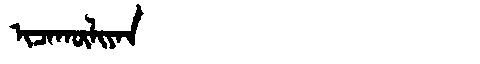
Manchu: ᡳᠴᠠᡴᡡᠯᡳᠶᠠᠨ
Romanization: ICAKŪLIYAN